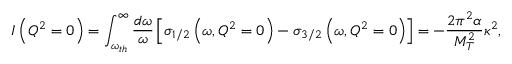
I \left( Q ^ { 2 } = 0 \right) = \int _ { \omega _ { t h } } ^ { \infty } \frac { d \omega } { \omega } \left[ \sigma _ { 1 / 2 } \left( \omega , Q ^ { 2 } = 0 \right) - \sigma _ { 3 / 2 } \left( \omega , Q ^ { 2 } = 0 \right) \right] = - \frac { 2 \pi ^ { 2 } \alpha } { M _ { T } ^ { 2 } } \kappa ^ { 2 } ,